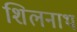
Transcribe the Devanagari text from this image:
शिलनाथ